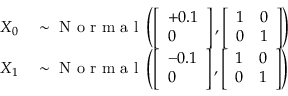
\begin{array} { r l } { X _ { 0 } } & { { } \sim \mathrm { ~ N ~ o ~ r ~ m ~ a ~ l ~ } \left( \left[ \begin{array} { l } { + 0 . 1 } \\ { 0 } \end{array} \right] , \left[ \begin{array} { l l } { 1 } & { 0 } \\ { 0 } & { 1 } \end{array} \right] \right) } \\ { X _ { 1 } } & { { } \sim \mathrm { ~ N ~ o ~ r ~ m ~ a ~ l ~ } \left( \left[ \begin{array} { l } { - 0 . 1 } \\ { 0 } \end{array} \right] , \left[ \begin{array} { l l } { 1 } & { 0 } \\ { 0 } & { 1 } \end{array} \right] \right) } \end{array}